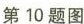
第10题图